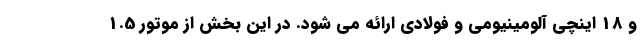
و 18 اینچی آلومینیومی و فولادی ارائه می شود. در این بخش از موتور 1.5